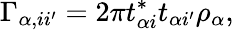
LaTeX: \Gamma_{\alpha,ii^{\prime}}=2\pi t_{\alpha i}^{*}t_{\alpha i^{\prime}}\rho_{\alpha},